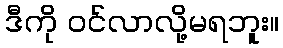
ဒီကို ဝင်လာလို့မရဘူး။